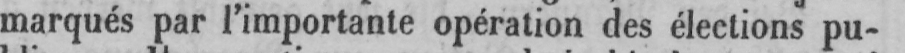
marqués par l’importante opération des élections pu-